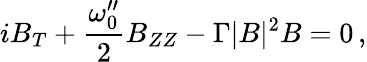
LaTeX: iB_{T}+\frac{\omega_{0}^{\prime\prime}}{2}B_{ZZ}-\Gamma|B|^{2}B=0\, ,